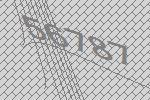
56787